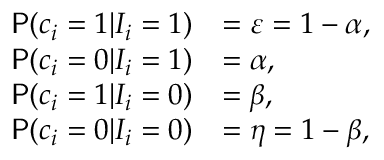
\begin{array} { r l } { \mathsf { P } ( c _ { i } = 1 | I _ { i } = 1 ) } & { = \varepsilon = 1 - \alpha , } \\ { \mathsf { P } ( c _ { i } = 0 | I _ { i } = 1 ) } & { = \alpha , } \\ { \mathsf { P } ( c _ { i } = 1 | I _ { i } = 0 ) } & { = \beta , } \\ { \mathsf { P } ( c _ { i } = 0 | I _ { i } = 0 ) } & { = \eta = 1 - \beta , } \end{array}